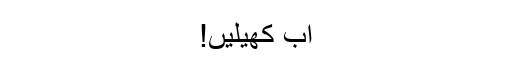
اب کھیلیں!